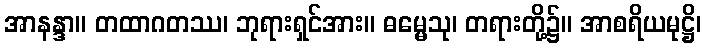
အာနန္ဒာ။ တထာဂတဿ၊ ဘုရားရှင်အား။ ဓမ္မေသု၊ တရားတို့၌။ အာစရိယမုဋ္ဌိ၊